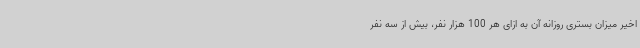
اخیر میزان بستری روزانه آن به ازای هر 100 هزار نفر، بیش از سه نفر